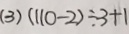
( 3 ) ( 1 1 0 - 2 ) \div 3 + 1